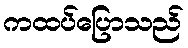
ကထပ်ပြောသည်